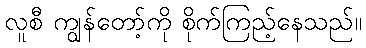
လူစီ ကျွန်တော့်ကို စိုက်ကြည့်နေသည်။